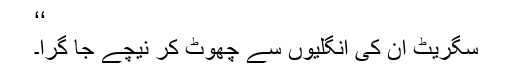
‘‘
سگریٹ ان کی انگلیوں سے چھوٹ کر نیچے جا گرا۔